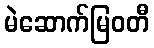
မဲဆောက်မြဝတီ